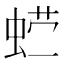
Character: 𰲽